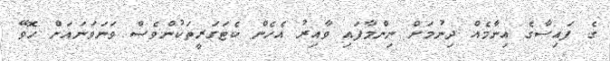
ގެ ފައިސާގެ އިނާމެއް ދިނުމަށް ނިންމާފައި ވާއިރު އެހެން ކެޓަގަރީތަކުންވެސް ވަނަވަނައަށް ހޮވޭ